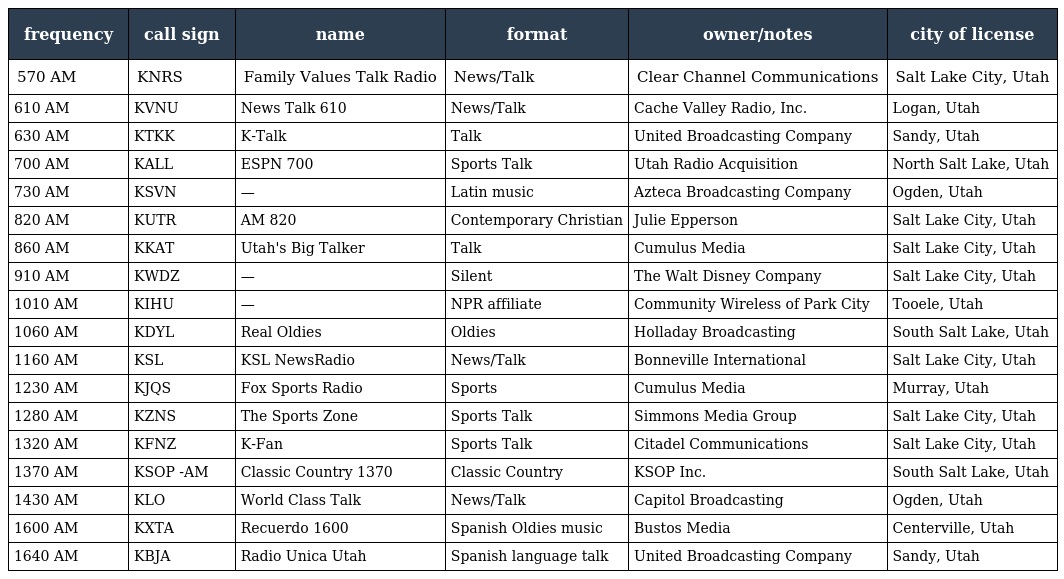
| frequency | call sign | name | format | owner/notes | city of license |
 | --- | --- | --- | --- | --- | --- |
 | 570 AM | KNRS | Family Values Talk Radio | News/Talk | Clear Channel Communications | Salt Lake City, Utah |
 | 610 AM | KVNU | News Talk 610 | News/Talk | Cache Valley Radio, Inc. | Logan, Utah |
 | 630 AM | KTKK | K-Talk | Talk | United Broadcasting Company | Sandy, Utah |
 | 700 AM | KALL | ESPN 700 | Sports Talk | Utah Radio Acquisition | North Salt Lake, Utah |
 | 730 AM | KSVN | — | Latin music | Azteca Broadcasting Company | Ogden, Utah |
 | 820 AM | KUTR | AM 820 | Contemporary Christian | Julie Epperson | Salt Lake City, Utah |
 | 860 AM | KKAT | Utah's Big Talker | Talk | Cumulus Media | Salt Lake City, Utah |
 | 910 AM | KWDZ | — | Silent | The Walt Disney Company | Salt Lake City, Utah |
 | 1010 AM | KIHU | — | NPR affiliate | Community Wireless of Park City | Tooele, Utah |
 | 1060 AM | KDYL | Real Oldies | Oldies | Holladay Broadcasting | South Salt Lake, Utah |
 | 1160 AM | KSL | KSL NewsRadio | News/Talk | Bonneville International | Salt Lake City, Utah |
 | 1230 AM | KJQS | Fox Sports Radio | Sports | Cumulus Media | Murray, Utah |
 | 1280 AM | KZNS | The Sports Zone | Sports Talk | Simmons Media Group | Salt Lake City, Utah |
 | 1320 AM | KFNZ | K-Fan | Sports Talk | Citadel Communications | Salt Lake City, Utah |
 | 1370 AM | KSOP -AM | Classic Country 1370 | Classic Country | KSOP Inc. | South Salt Lake, Utah |
 | 1430 AM | KLO | World Class Talk | News/Talk | Capitol Broadcasting | Ogden, Utah |
 | 1600 AM | KXTA | Recuerdo 1600 | Spanish Oldies music | Bustos Media | Centerville, Utah |
 | 1640 AM | KBJA | Radio Unica Utah | Spanish language talk | United Broadcasting Company | Sandy, Utah |